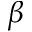
\beta